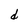
Character: d